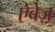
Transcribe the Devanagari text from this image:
ऐबेज़